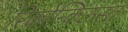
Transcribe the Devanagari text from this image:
रिकोन्किऊस्त